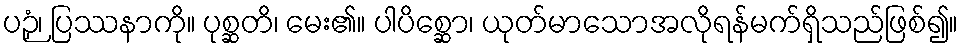
ပဉှံ၊ ပြဿနာကို။ ပုစ္ဆတိ၊ မေး၏။ ပါပိစ္ဆော၊ ယုတ်မာသောအလိုရန်မက်ရှိသည်ဖြစ်၍။